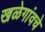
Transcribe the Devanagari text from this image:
खळेगांवचे